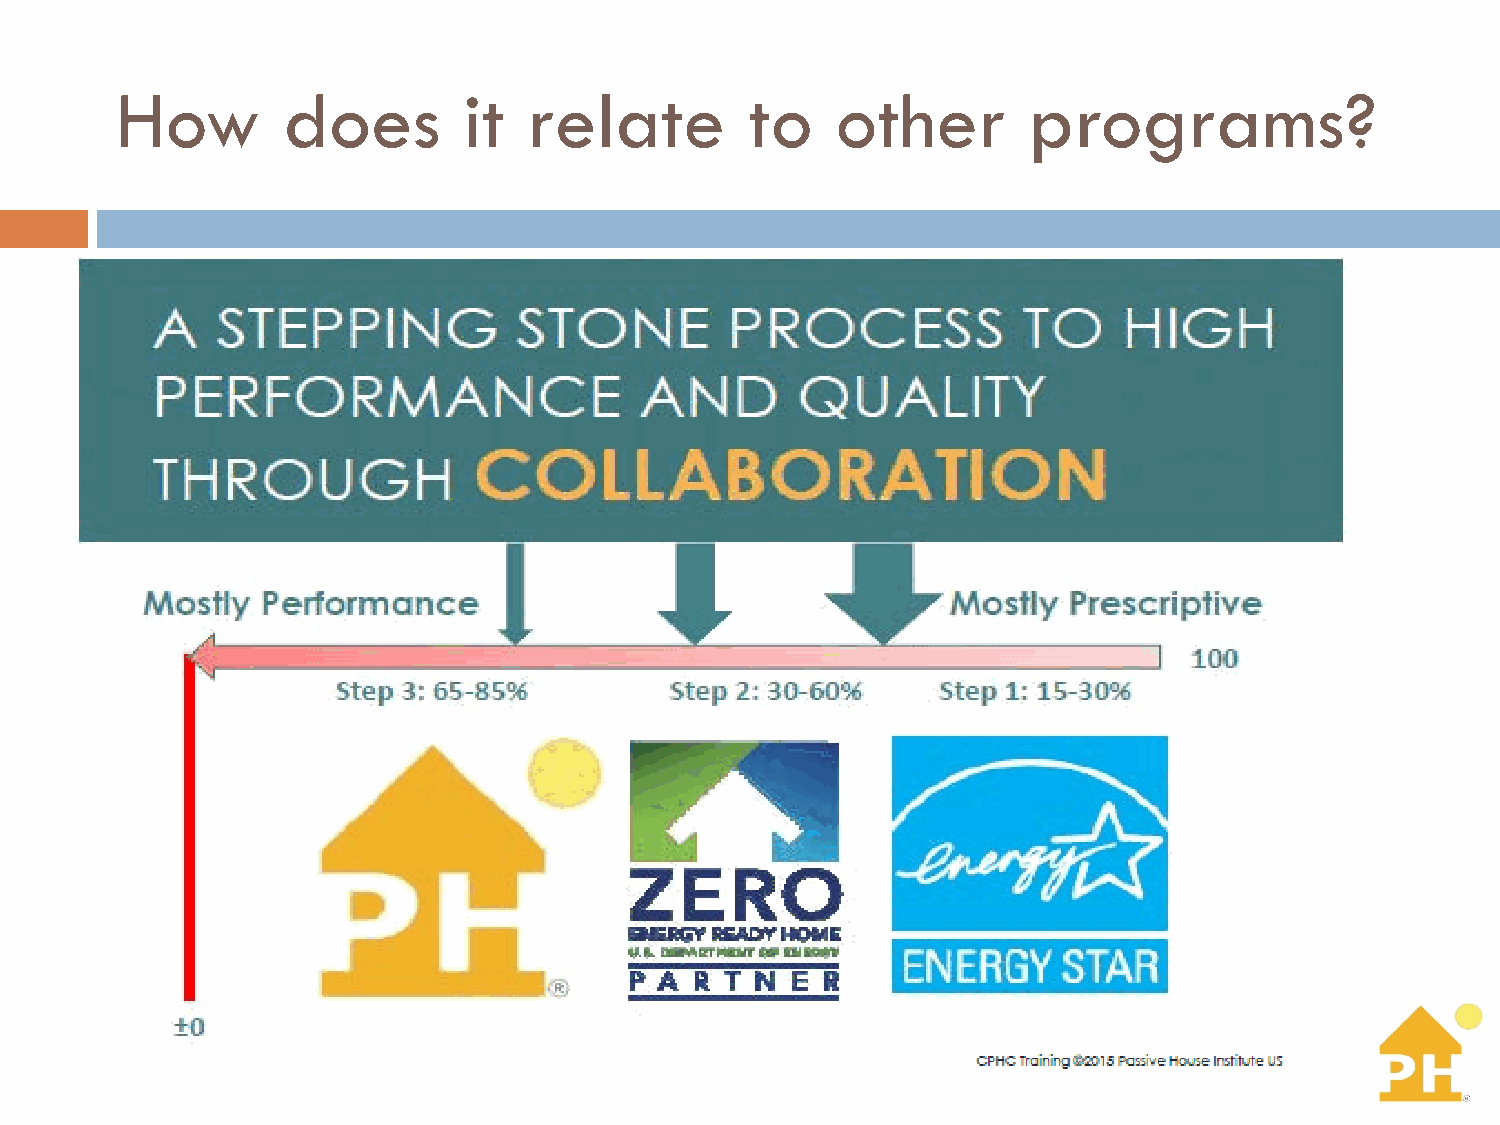
How        does        it  relate         to   other        programs?